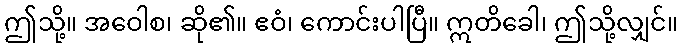
ဤသို့။ အဝေါစ၊ ဆို၏။ ဧဝံ၊ ကောင်းပါပြီ။ ဣတိခေါ၊ ဤသို့လျှင်။